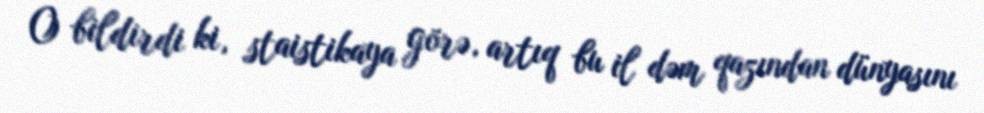
O bildirdi ki, staistikaya görə, artıq bu il dəm qazından dünyasını